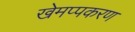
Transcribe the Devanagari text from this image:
खेमप्पकरण